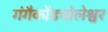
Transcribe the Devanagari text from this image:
गंगैकोंडचोलेश्वर